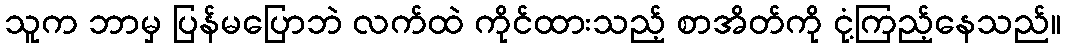
သူက ဘာမှ ပြန်မပြောဘဲ လက်ထဲ ကိုင်ထားသည့် စာအိတ်ကို ငုံ့ကြည့်နေသည်။